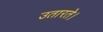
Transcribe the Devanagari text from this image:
उतारते।